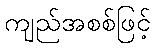
ကျည်အစစ်ဖြင့်